Vabadussoja_Ajaloo_Komitee, lk 7
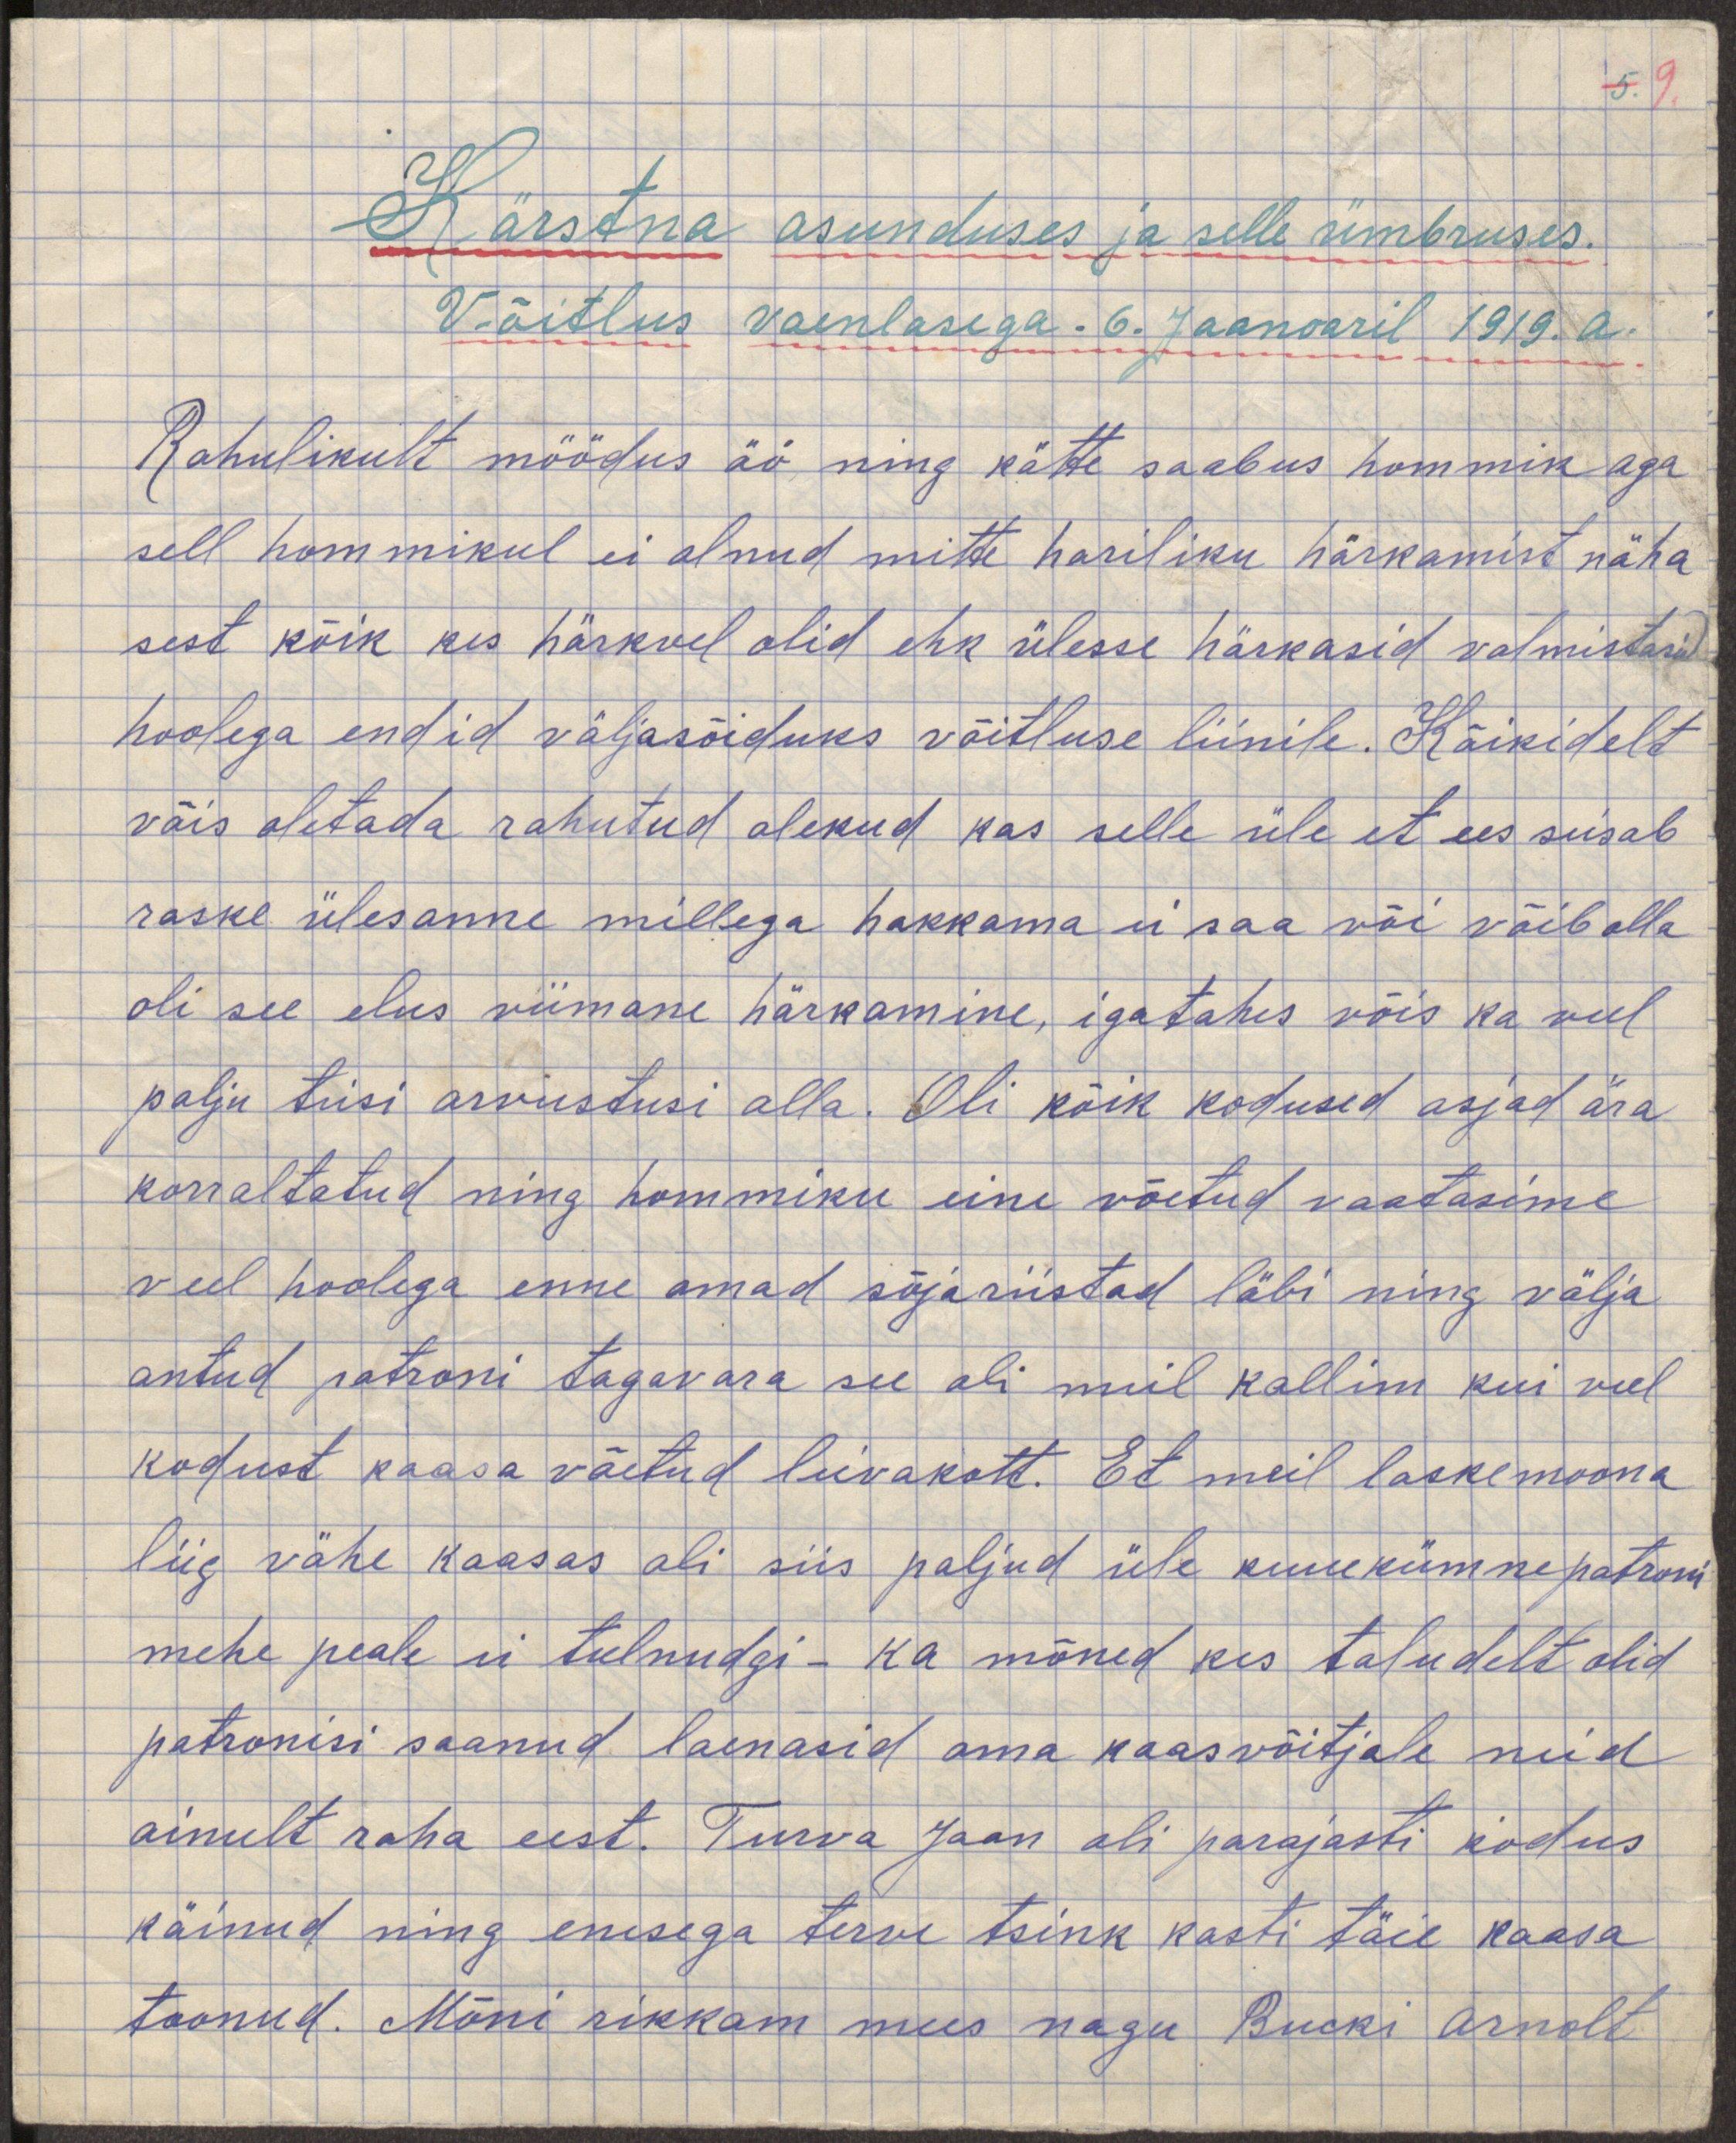
Kärstna asunduses ja selle ümbruses
Võitlus vaenlasega. 6. jaanuaril 1919.a.
Rahulikult möödus öö ning kätte saabus hommik aga
sell hommikul ei olnud mitte hariliku härkamist näha
sest kõik kes härkvel olid ehk ülesse härkasid valmistasid
hoolega endid väljasõiduks võitluse liinile. Kõikidelt
võis oletada rahutud olekud kas selle üle et ees seisab
raske ülesanne millega hakkama ei saa või võib olla
oli see elus viimane härkamine, igatahes võis ka veel
palju teisi arvistusi olla. Oli kõik kodused asjad ära
korraldatud ning hommiku eine võetud vaatasime
veel hoolega enne omad sõjariistad läbi ning välja
antud patroni tagavara see oli mul kallim kui veel
kodust kaasa võetud leivakott. Et meil laskemoona
liiga vähe kaasas oli siis paljud üle kuuekümne patroni
mehe peale ei tulnudki - ka mõned kes taludelt olid
patronisi saanud laenasid oma kaasvõitjale kuid
ainult raha eest. Turva Jaan oli parajasti kodus
käinud ning enesega terve tsink kasti täie kaasa
toonud. Mõni rikkam mees nagu Bucki Arnolt